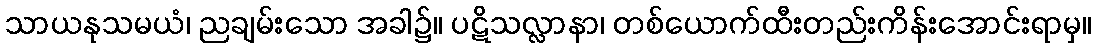
သာယနုသမယံ၊ ညချမ်းသော အခါ၌။ ပဋိသလ္လာနာ၊ တစ်ယောက်ထီးတည်းကိန်းအောင်းရာမှ။